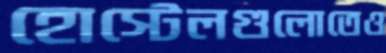
হোস্টেলগুলোতেও